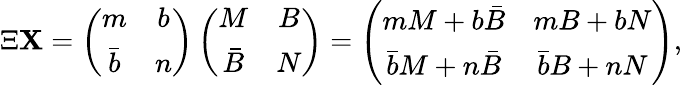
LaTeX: \Xi\mathbf{X}=\left(\begin{array}{cc}{{m}}&{{b}}\\ {{\bar{b}}}&{{n}}\end{array}\right)\left(\begin{array}{cc}{{M}}&{{B}}\\ {{\bar{B}}}&{{N}}\end{array}\right)=\left(\begin{array}{cc}{{mM+b\bar{B}}}&{{mB+bN}}\\ {{\bar{b}M+n\bar{B}}}&{{\bar{b}B+nN}}\end{array}\right),